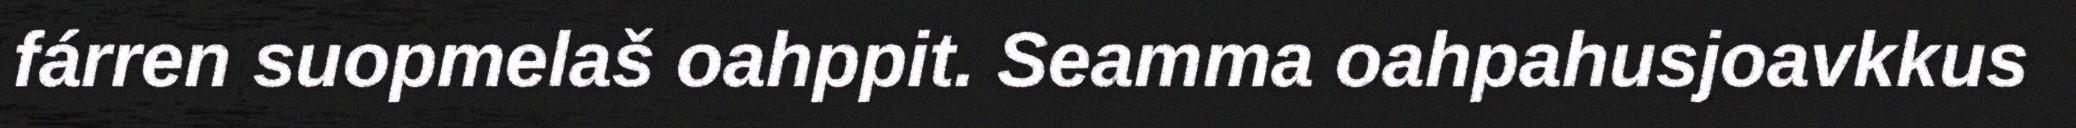
fárren suopmelaš oahppit. Seamma oahpahusjoavkkus